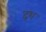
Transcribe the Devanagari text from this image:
द्रश